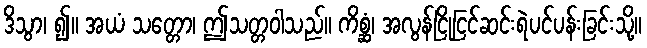
ဒိသွာ၊ ၍။ အယံ သတ္တော၊ ဤသတ္တဝါသည်။ ကိစ္ဆံ၊ အလွန်ငြိုငြင်ဆင်းရဲပင်ပန်းခြင်းသို့။